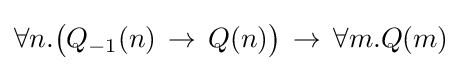
\forall n.{\big (}Q_{\mathrm {-1} }(n)\,\to \,Q(n){\big )}\,\to \,\forall m.Q(m)